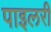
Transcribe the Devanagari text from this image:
पाइलरी